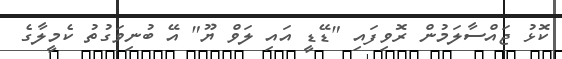
ކޮޅު ޖައްސާލަމުން ރޮވިފައި "ޑޭޑީ އައި ލަވް ޔޫ" އޭ ބުނިވަގުތު ކެމީލާގެ